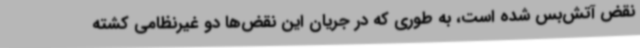
نقض آتش‌بس شده است، به طوری که در جریان این نقض‌ها دو غیرنظامی کشته